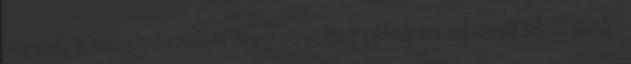
tapod, a mozivásznon meg premier plánban néznek ránk majd